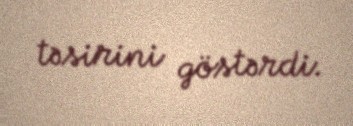
təsirini göstərdi.